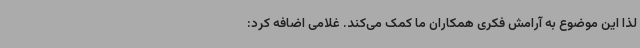
لذا این موضوع به آرامش فکری همکاران ما کمک می‌کند. غلامی اضافه کرد: